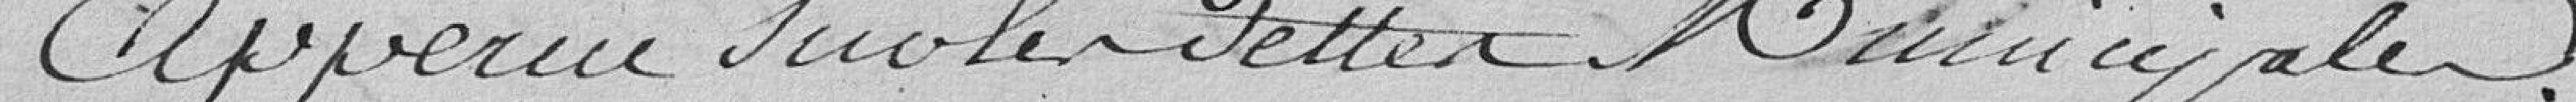
Aperçu sur les Dettes Municipales.